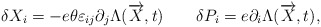
\begin{align*} \delta X_i = - e\theta \varepsilon_{ij} \partial_j \Lambda (\overrightarrow{X},t) \qquad \delta P_i = e \partial_i \Lambda (\overrightarrow{X},t),\end{align*}